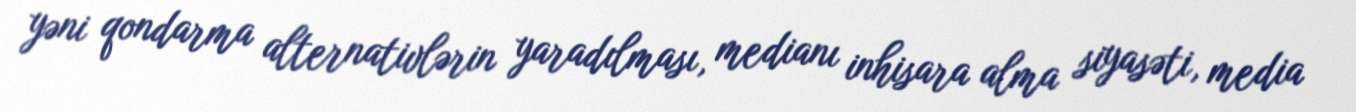
yəni qondarma alternativlərin yaradılması, medianı inhisara alma siyasəti, media